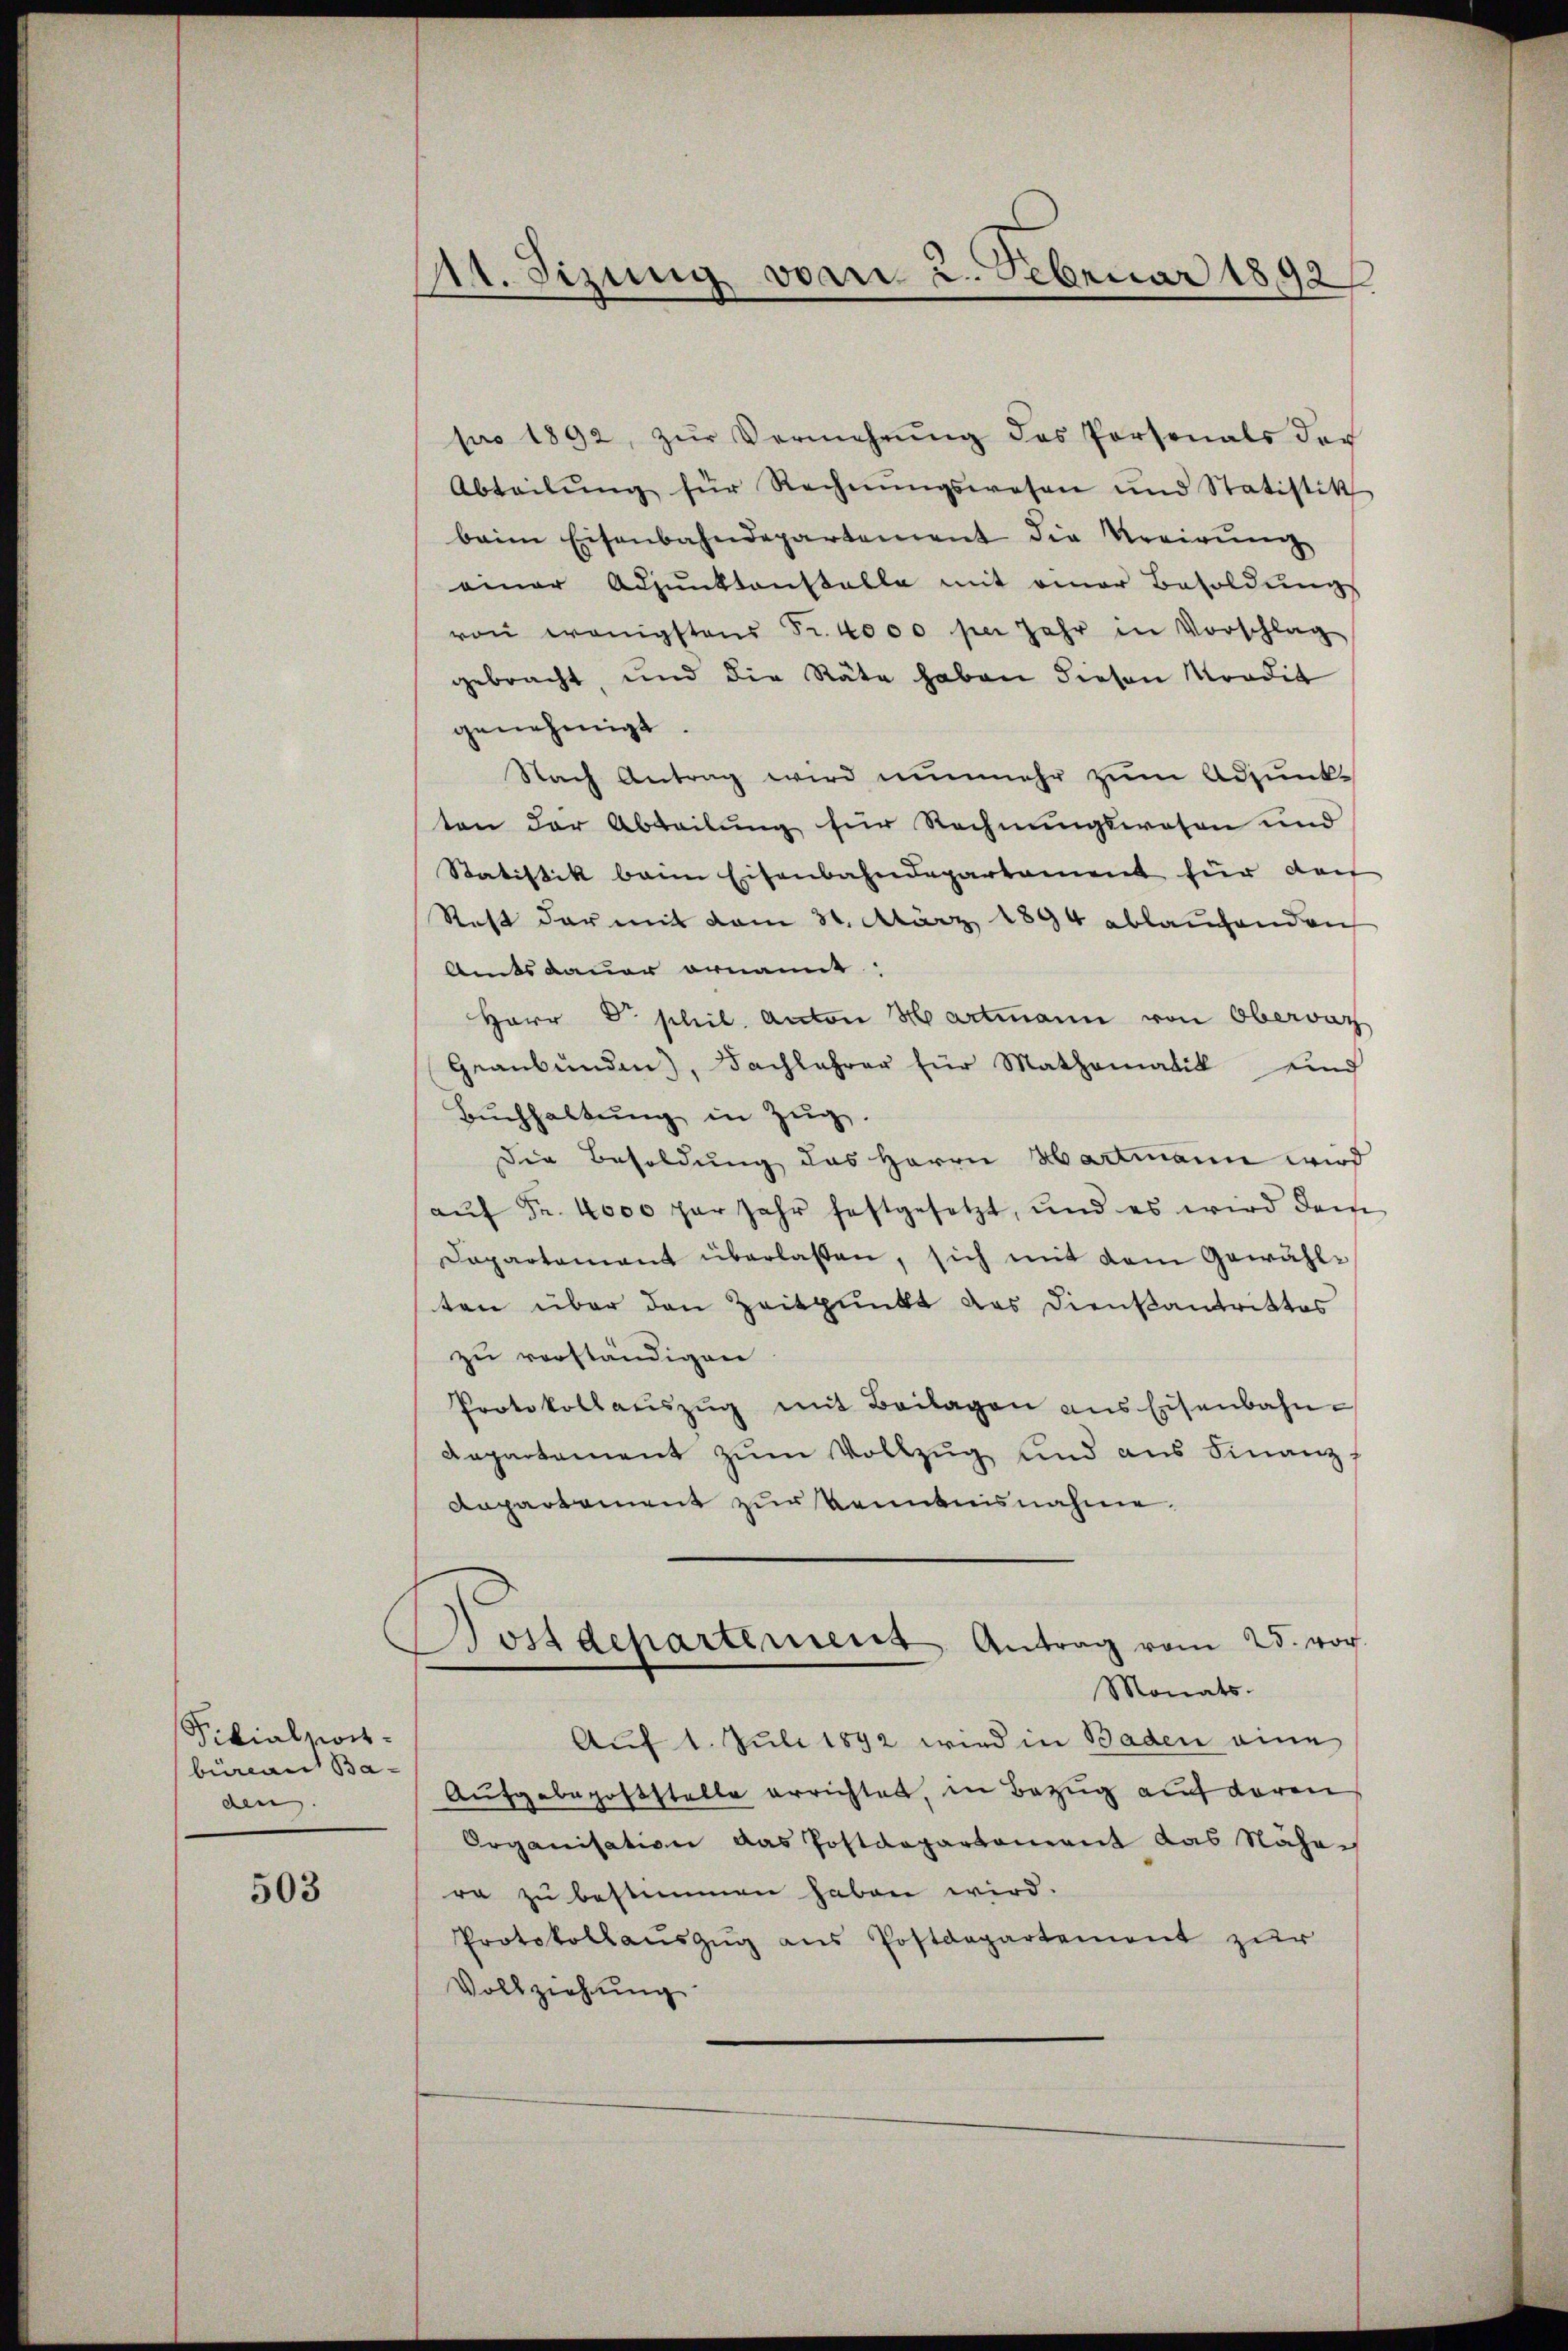
Filialsionsbüreau Ba-
den.

503

t. Sizung vom 2. Februar 1892

pro 1892, zŭr Vermehrŭng des Personals der
Abteilŭng für Rechnŭngswesen und Statistik
beim Eisenbahndepartement die Urgirŭng
einer Adjunktenstalle mit einer Besoldŭngs
von wenigstens Sr. 4000 per Jahr in Vorschlag
gebracht, und die Räte haben diesen Tradit
genehmigt.
Nach Antrag wird nunmehr zum Adjunkten der Abteilung für Rechnungswesen und
Statistik beim Eisenbahndepartement für da
Rest der mit dem 31. März 1894 ablaufenden
Amtsdauer ornamt:
Herr D. phil. Anton Hartmann von Obervaz
Graubünden), Dachlehrer für Mathematik und
Bŭchhaltŭng in Zŭg.
Die Besoldung des Herrn Hartmann wird
aŭf Fr. 4000 par Jahr festgesetzt, und es wird dem
Dapartement überlaßen, sich mit dem Gewählten über den Zeitpunkt das Diensantrittes
zu verständigen
Protokollaŭszŭg mit Beilagen ans Eisenbahn-
Repartement zum Vollzug und aus Finanz
Anpartement zur Kenntnisnahme.
Postdepartement Antrag vom 25. vor.
Monats-
Auf 1. Juli 1892 wird in Baden eine
Aufgabepoststelle errichtet, in Bezug auf deren
Organisation das Postdepartement das Nähe
ra zu bestimmen haben wird.
Protokollauszug aus Postdepartement zur
Vollziehung